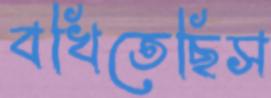
বখিতেছিস